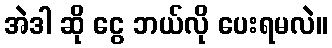
အဲဒါ ဆို ငွေ ဘယ်လို ပေးရမလဲ။